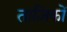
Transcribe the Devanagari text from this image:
ताज़िकों